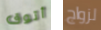
أتوق لزواج